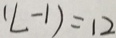
( L - 1 ) = 1 2